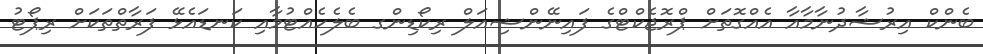
ބެންކް އިރުޝާދުނާމާއާ އެއްގޮތަށް ޕްރޮޖެކްޓްގެ ފައިނޭންޝިއަލް ރިކޯޑިންގ ބެލެހެއްޓުމާއި ކަނޑައެޅޭ ފަރާތްތަކަށް ރިޕޯޓު